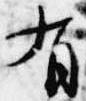
有